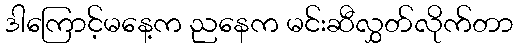
ဒါကြောင့်မနေ့က ညနေက မင်းဆီလွှတ်လိုက်တာ